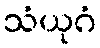
သံယုဂံ